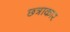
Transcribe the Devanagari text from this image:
छ्त्राकार